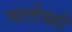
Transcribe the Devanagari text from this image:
जातीयही